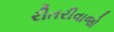
રીતરીવાજો